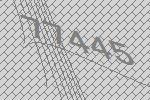
77445